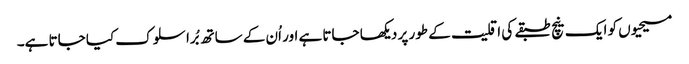
مسیحیوں کو ایک نیچ طبقے کی اقلیت کے طور پر دیکھا جاتا ہے اور اُن کے ساتھ بُرا سلوک کیا جاتا ہے۔